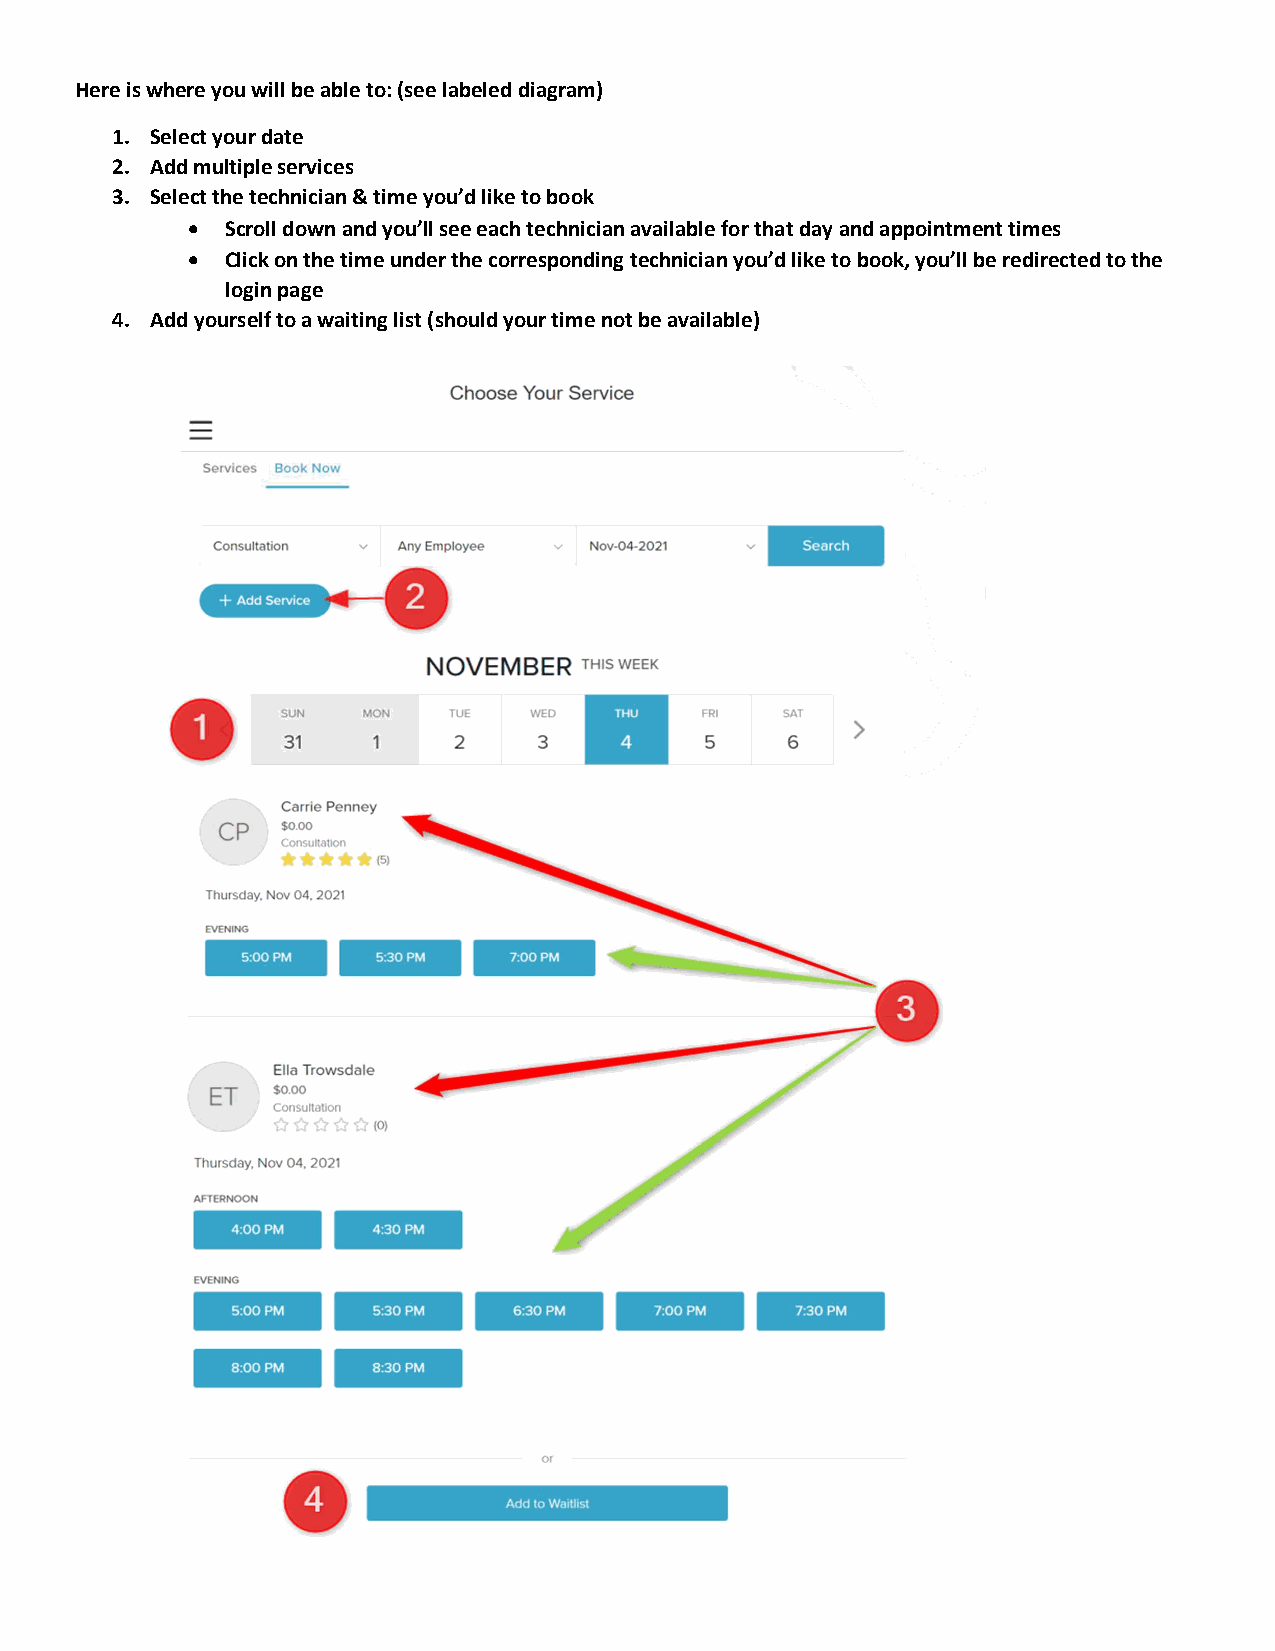
Here is where you will be able to: (see labeled diagram)
 1. Select your date
 2. Add multiple services
 3. Select the technician & time you’d like to book
   Scroll down and you’ll see each technician available for that day and appointment times
   Click on the time under the corresponding technician you’d like to book, you’ll be redirected to the
 login page
 4. Add yourself to a waiting list (should your time not be available)